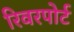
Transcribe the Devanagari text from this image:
रिवरपोर्ट